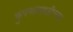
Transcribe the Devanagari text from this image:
कुंपणासाठीच्या